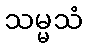
သမ္မသံ